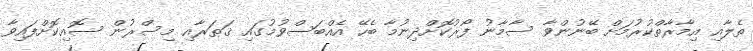
ތެލާއި އިމާރާތްކުރުމަށް ބޭނުންވާ ސާމާނު ފޯރުކޮށްދިނުމާ ބެހޭ އެއްބަސްވުމުގައި ޤަޠަރާއި މިސްރުން ސޮއިކޮށްފައިވާ